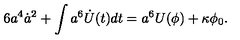
6 a ^ { 4 } \dot { a } ^ { 2 } + \int a ^ { 6 } \dot { U } ( t ) d t = a ^ { 6 } U ( \phi ) + \kappa \phi _ { 0 } .